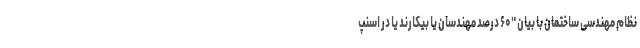
نظام مهندسی ساختمان با بیان "۶۰ درصد مهندسان یا بیکارند یا در اسنپ